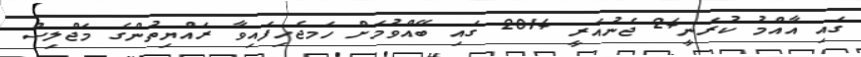
ގައި އާއްމު ކުރަނީ24 ޖެނުއަރީ 2014 ގައި ބޭއްވުމަށް ހަމޖެހިފައިވާ ރައްޔިތުންގެ މަޖްލިސް